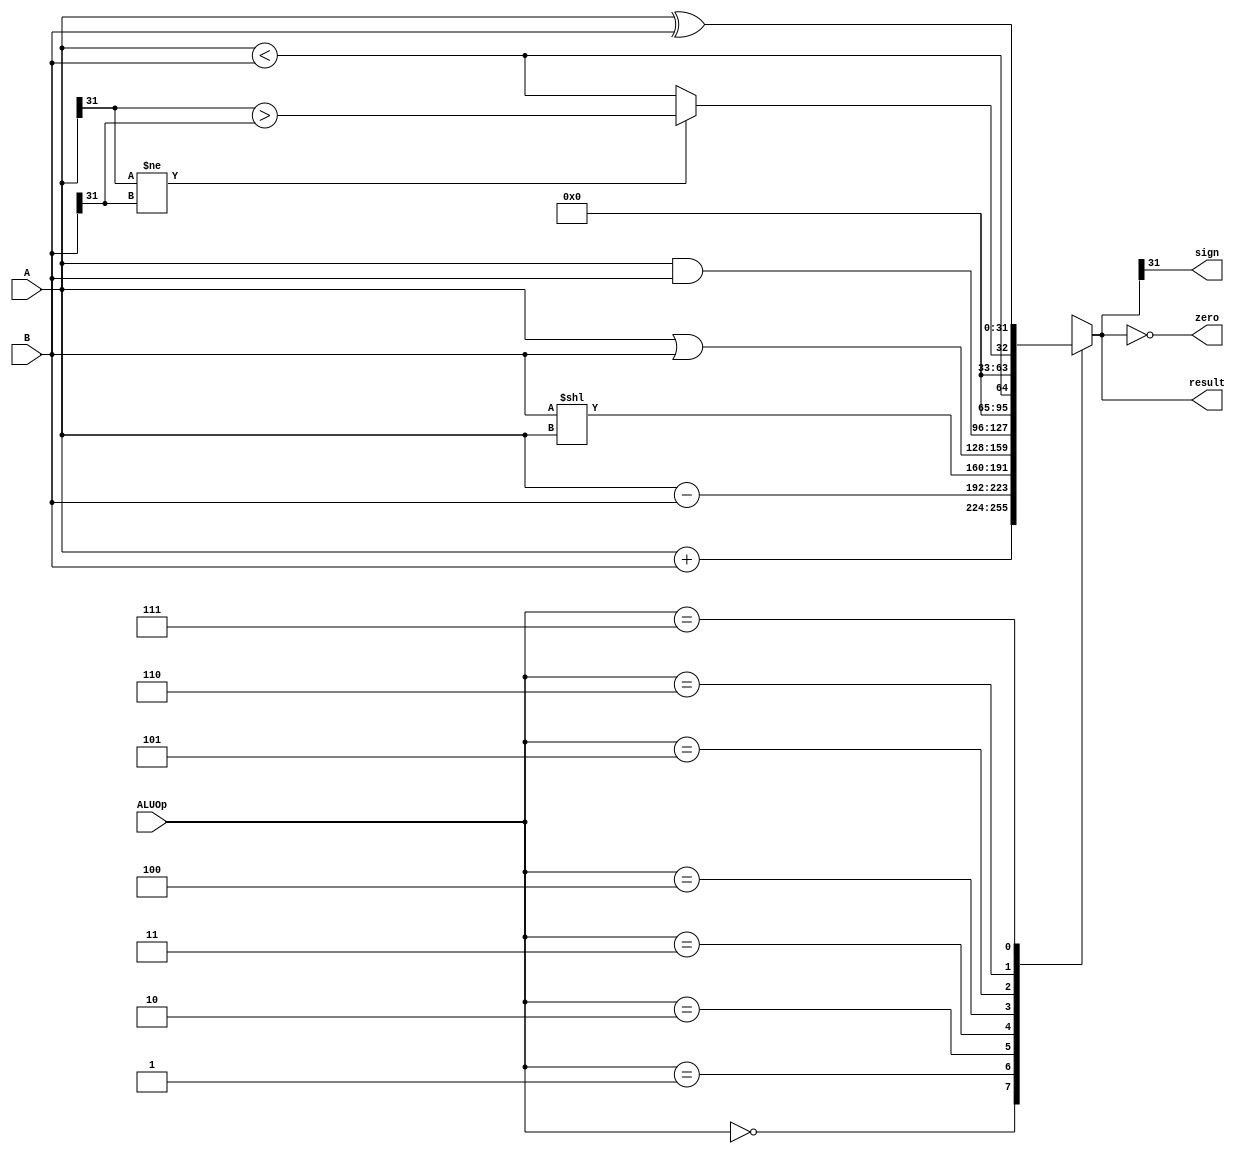
`timescale 1ns / 1ps
module ALU(
	input[31:0] A,				//A
	input[31:0] B,				//B
	input[2:0] ALUOp,			//ALU
	output reg[31:0] result,	//ALU
	output zero,				//resultresult010
	output sign					//resultresult10
);
	parameter _ADD=	3'b000;
	parameter _SUB=	3'b001;
	parameter _SLL=	3'b010;
	parameter _OR=	3'b011;
	parameter _AND=	3'b100;
	parameter _SLTU=3'b101;
	parameter _SLT=	3'b110;
	parameter _XOR=	3'b111;

	assign zero=	result == 0;
	assign sign=	result[31];

	always@(*)begin												//ALU
		case(ALUOp)												//
		_ADD:	result=	A + B;  								//
		_SUB:	result=	A - B;  								//
		_SLL:	result=	B << A;  								//BA
		_OR:	result=	A | B;  								//
		_AND:	result=	A & B;  								//
		_SLTU:	result=	A < B;  								//A<B
		_SLT:	result=	A[31] != B[31] ? A[31] > B[31] : A < B;	//A<B
		_XOR:	result=	A ^ B;									//
		default:result=	0;
		endcase
	end
endmodule